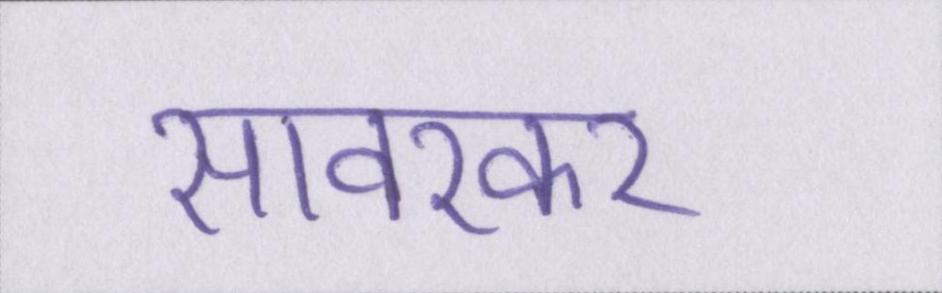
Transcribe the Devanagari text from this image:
सावरकर